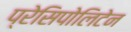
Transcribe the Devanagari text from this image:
प्रेसिपोलिटेन